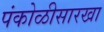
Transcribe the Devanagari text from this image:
पंकोळीसारखा